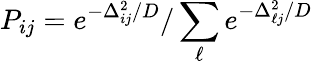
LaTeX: P_{ij}=e^{-\Delta_{ij}^{2}/D}/\sum_{\ell}e^{-\Delta_{\ell j}^{2}/D}